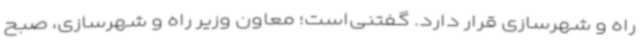
راه و شهرسازی قرار دارد. گفتنی‌است؛ معاون وزیر راه و شهرسازی، صبح